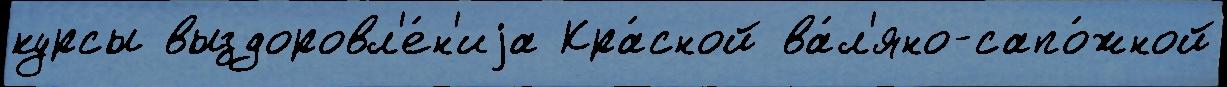
курсы выздоровл'е́н'иjа Кра́сной ва́л'яно-сапо́жной